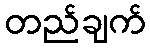
တည်ချက်